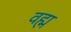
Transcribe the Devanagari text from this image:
वह्म